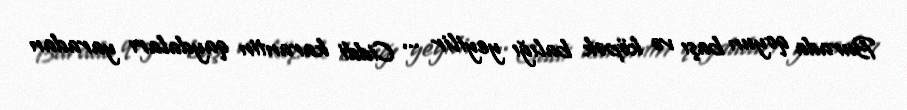
Burada qoyun başı və köpək balığı yeyilir ... Ciddi karantin qaydaları yaradan